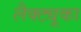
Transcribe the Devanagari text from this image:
लैक्ट्यूका